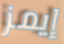
إيمز